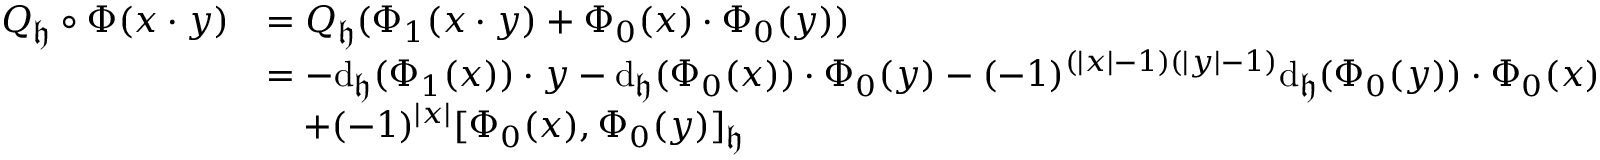
\begin{array} { r l } { Q _ { \mathfrak { h } } \circ \Phi ( x \cdot y ) } & { = Q _ { \mathfrak h } ( \Phi _ { 1 } ( x \cdot y ) + \Phi _ { 0 } ( x ) \cdot \Phi _ { 0 } ( y ) ) } \\ & { = - \mathrm { d } _ { \mathfrak h } ( \Phi _ { 1 } ( x ) ) \cdot y - \mathrm { d } _ { \mathfrak h } ( \Phi _ { 0 } ( x ) ) \cdot \Phi _ { 0 } ( y ) - ( - 1 ) ^ { ( | x | - 1 ) ( | y | - 1 ) } \mathrm { d } _ { \mathfrak h } ( \Phi _ { 0 } ( y ) ) \cdot \Phi _ { 0 } ( x ) } \\ & { \quad + ( - 1 ) ^ { | x | } [ \Phi _ { 0 } ( x ) , \Phi _ { 0 } ( y ) ] _ { \mathfrak { h } } } \end{array}